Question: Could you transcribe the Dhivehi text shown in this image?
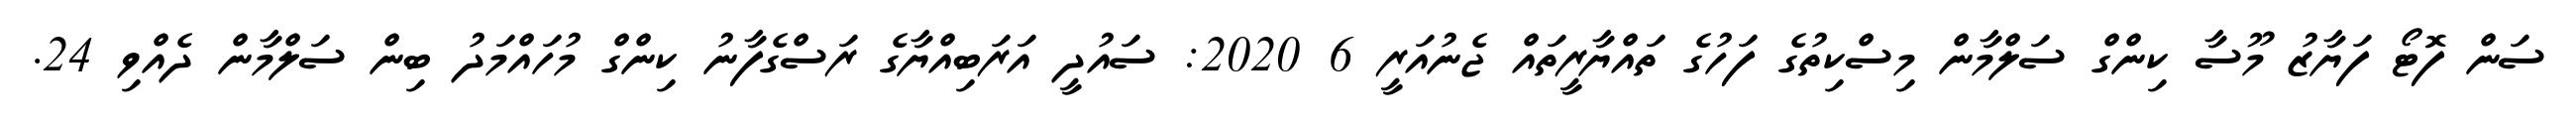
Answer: ސަން ފޮޓޯ ފަޔާޒު މޫސާ ކިންގް ސަލްމާން މިސްކިތުގެ ފަހުގެ ތައްޔާރީތައް ޖެނުއަރީ 6 2020: ސައުދީ އަރަބިއްޔާގެ ރަސްގެފާނު ކިންގް މުހައްމަދު ބިން ސަލްމާން ދެއްވި 24.